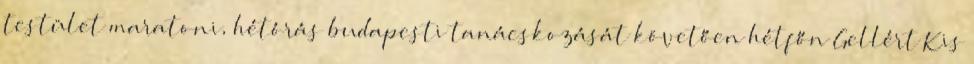
testület maratoni, hétórás budapesti tanácskozását követően hétfőn Gellért Kis